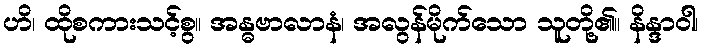
ဟိ၊ ထိုစကားသင့်စွ။ အန္ဓဗာလာနံ၊ အလွန်မိုက်သော သူတို့၏။ နိန္ဒာဝါ၊